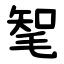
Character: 㲛